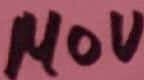
Text: 140V